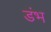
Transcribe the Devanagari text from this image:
डंभ